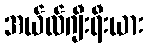
အယ်လ်ဂျီးရီးယား